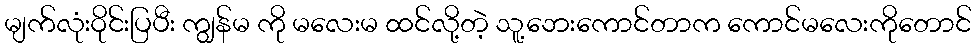
မျက်လုံးဝိုင်းပြပီး ကျွန်မ ကို မလေးမ ထင်လို့တဲ့ သူ့ဘေးကောင်တာက ကောင်မလေးကိုတောင်